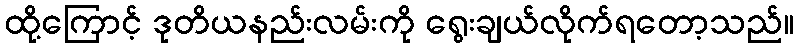
ထို့ကြောင့် ဒုတိယနည်းလမ်းကို ရွေးချယ်လိုက်ရတော့သည်။